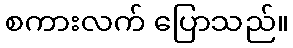
စကားလက် ပြောသည်။